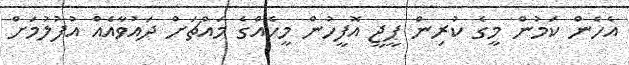
އެހެން ކަމުން މީގެ ކުރިން ޕީޖީ އޮފީހުން މީހެއްގެ މައްޗަށް ދައުވާއެއް އުފުލުމަށް